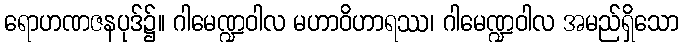
ရောဟဏဇနပုဒ်၌။ ဂါမေဏ္ဍဝါလ မဟာဝိဟာရဿ၊ ဂါမေဏ္ဍဝါလ အမည်ရှိသော